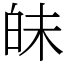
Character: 𤽜